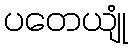
ပတေယျုံ